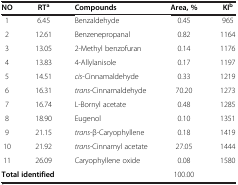
<table><thead><tr><td><b>NO</b></td><td><b>RT<sup>a</sup></b></td><td><b>Compounds</b></td><td><b>Area, %</b></td><td><b>KI<sup>b</sup></b></td></tr></thead><tbody><tr><td>1</td><td>6.45</td><td>Benzaldehyde</td><td>0.45</td><td>965</td></tr><tr><td>2</td><td>12.61</td><td>Benzenepropanal</td><td>0.82</td><td>1164</td></tr><tr><td>3</td><td>13.05</td><td>2-Methyl benzofuran</td><td>0.14</td><td>1176</td></tr><tr><td>4</td><td>13.83</td><td>4-Allylanisole</td><td>0.17</td><td>1197</td></tr><tr><td>5</td><td>14.51</td><td><i>cis</i>-Cinnamaldehyde</td><td>0.33</td><td>1219</td></tr><tr><td>6</td><td>16.31</td><td><i>trans</i>-Cinnamaldehyde</td><td>70.20</td><td>1273</td></tr><tr><td>7</td><td>16.74</td><td>L-Bornyl acetate</td><td>0.48</td><td>1285</td></tr><tr><td>8</td><td>18.90</td><td>Eugenol</td><td>0.10</td><td>1351</td></tr><tr><td>9</td><td>21.15</td><td><i>trans</i>-β-Caryophyllene</td><td>0.18</td><td>1419</td></tr><tr><td>10</td><td>21.92</td><td><i>trans</i>-Cinnamyl acetate</td><td>27.05</td><td>1444</td></tr><tr><td>11</td><td>26.09</td><td>Caryophyllene oxide</td><td>0.08</td><td>1580</td></tr><tr><td colspan="3"><b>Total identified</b></td><td>100.00</td><td> </td></tr></tbody></table>